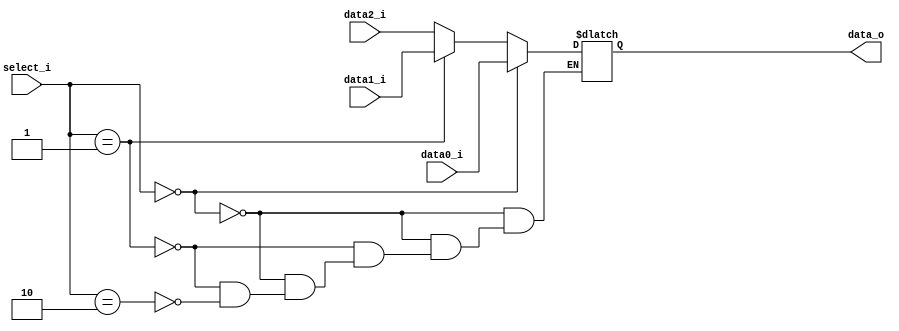
module Mux3to1( data0_i, data1_i, data2_i, select_i, data_o );

parameter size = 0;			   
			
//I/O ports               
input wire	[size-1:0] data0_i;          
input wire	[size-1:0] data1_i;
input wire	[size-1:0] data2_i;
input wire	[2-1:0] select_i;
output wire	[size-1:0] data_o; 

//Main function
/*your code here*/
reg [size-1:0] data_o1;
always@(data0_i or data1_i or data2_i or select_i)
begin
  if(select_i == 2'b00)
	data_o1 = data0_i;
  else if(select_i == 2'b01)
	data_o1 = data1_i;
  else if(select_i == 2'b10)
	data_o1 = data2_i;
end

assign data_o = data_o1;

endmodule